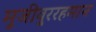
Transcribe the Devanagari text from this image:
मुजीवु्ररहमान